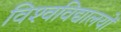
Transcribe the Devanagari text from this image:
विश्‍वविद्यालयों